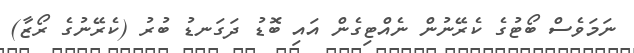
ނަމަވެސް ބޯޓުގެ ކެރޭނުން ނެއްޓިގެން އައި ބޮޑު ދަގަނޑު ބުރު (ކެރޭނުގެ ރޯޒާ)